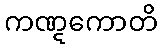
ကဏ္ဋကောတိ